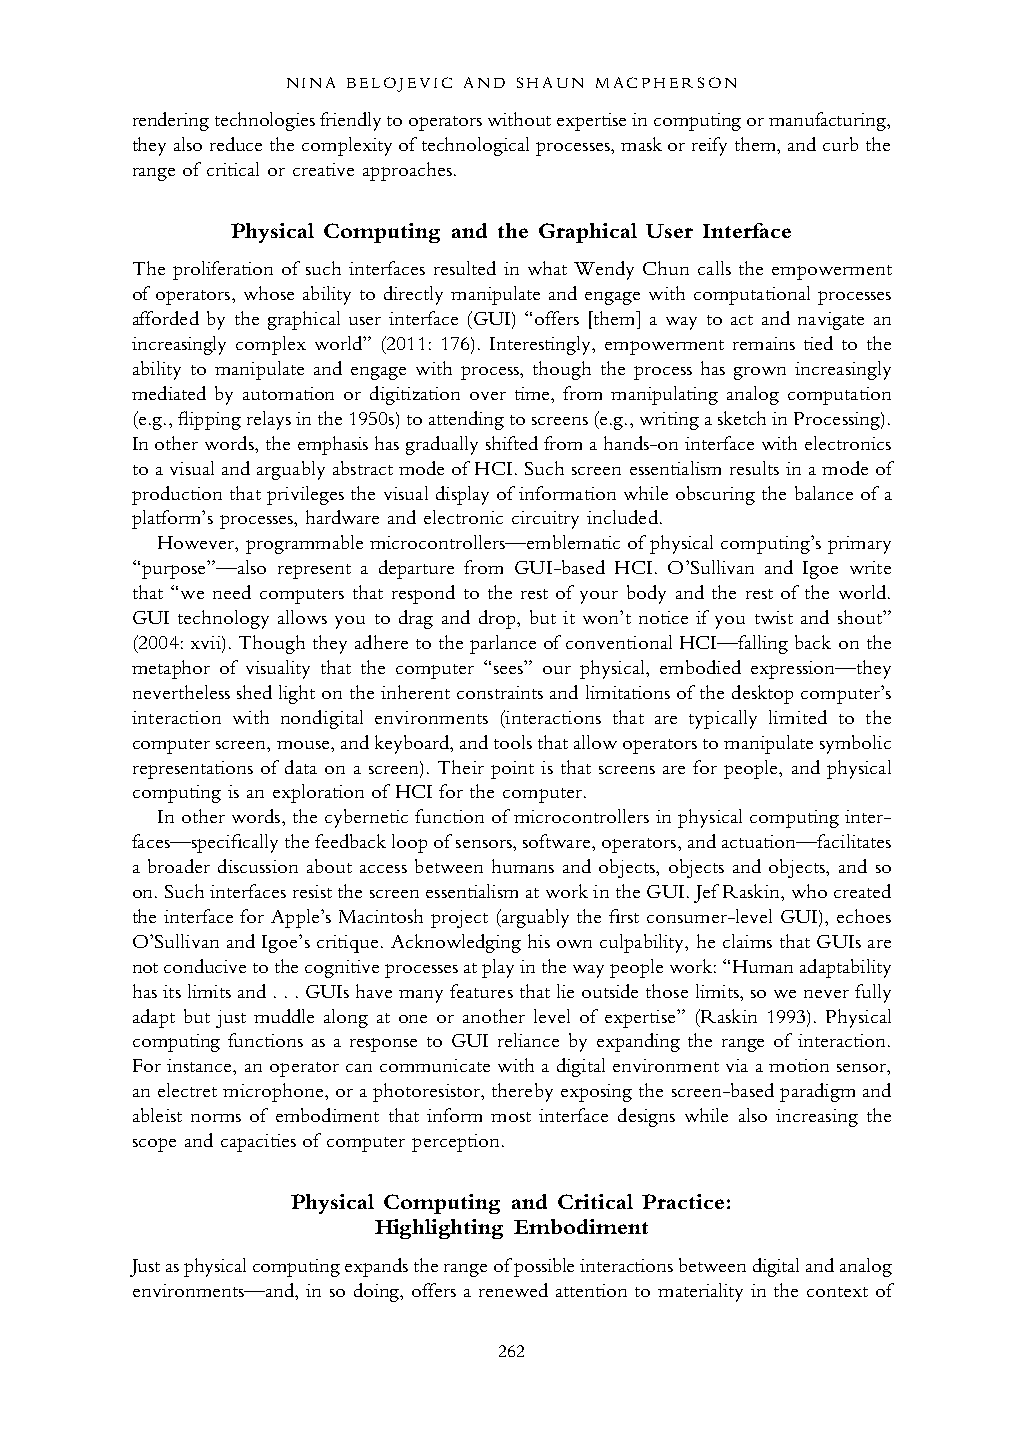
NINA BELOJEVIC AND SHAUN MACPHERSON
 rendering technologies friendly to operators without expertise in computing or manufacturing,
 they also reduce the complexity of technological processes, mask or reify them, and curb the
 range of critical or creative approaches.
 Physical Computing and the Graphical User Interface
 The proliferation of such interfaces resulted in what Wendy Chun calls the empowerment
 of operators, whose ability to directly manipulate and engage with computational processes
 afforded by the graphical user interface (GUI) “offers [them] a way to act and navigate an
 increasingly complex world” (2011: 176). Interestingly, empowerment remains tied to the
 ability to manipulate and engage with process, though the process has grown increasingly
 mediated by automation or digitization over time, from manipulating analog computation
 (e.g., flipping relays in the 1950s) to attending to screens (e.g., writing a sketch in Processing).
 In other words, the emphasis has gradually shifted from a hands-on interface with electronics
 to a visual and arguably abstract mode of HCI. Such screen essentialism results in a mode of
 production that privileges the visual display of information while obscuring the balance of a
 platform’s processes, hardware and electronic circuitry included.
 However, programmable microcontrollers—emblematic of physical computing’s primary
 “purpose”—also represent a departure from GUI-based HCI. O’Sullivan and Igoe write
 that “we need computers that respond to the rest of your body and the rest of the world.
 GUI technology allows you to drag and drop, but it won’t notice if you twist and shout”
 (2004: xvii). Though they adhere to the parlance of conventional HCI—falling back on the
 meta phor of visuality that the computer “sees” our physical, embodied expression—they
 never theless shed light on the inherent constraints and limitations of the desktop computer’s
 interaction with nondigital environments (interactions that are typically limited to the
 computer screen, mouse, and keyboard, and tools that allow operators to manipulate symbolic
 representations of data on a screen). Their point is that screens are for people, and physical
 computing is an exploration of HCI for the computer.
 In other words, the cybernetic function of microcontrollers in physical computing inter -
 faces—specifically the feedback loop of sensors, software, operators, and actuation—facilitates
 a broader discussion about access between humans and objects, objects and objects, and so
 on. Such interfaces resist the screen essentialism at work in the GUI. Jef Raskin, who created
 the interface for Apple’s Macintosh project (arguably the first consumer-level GUI), echoes
 O’Sullivan and Igoe’s critique. Acknowledging his own culpability, he claims that GUIs are
 not conducive to the cognitive processes at play in the way people work: “Human adaptability
 has its limits and . . . GUIs have many features that lie outside those limits, so we never fully
 adapt but just muddle along at one or another level of expertise” (Raskin 1993). Physical
 computing functions as a response to GUI reliance by expanding the range of interaction.
 For instance, an operator can communicate with a digital environment via a motion sensor,
 an electret microphone, or a photoresistor, thereby exposing the screen-based paradigm and
 ableist norms of embodiment that inform most interface designs while also increasing the
 scope and capacities of computer perception.
 Physical Computing and Critical Practice:
 Highlighting Embodiment
 Just as physical computing expands the range of possible interactions between digital and analog
 environments—and, in so doing, offers a renewed attention to materiality in the context of
 262